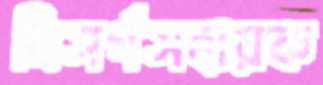
নিসর্গসহায়ক